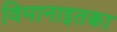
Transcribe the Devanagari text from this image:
विमानाइतका